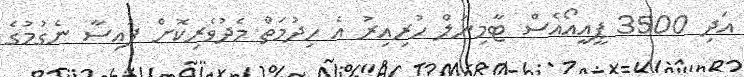
އަދި 3500 ޕީއީއޯއެސް ޓާމިނަލް ހުރިއިރު އެ ހިދުމަތް މެދުވެރިކޮށް ފައިސާ ނެގުމުގެ